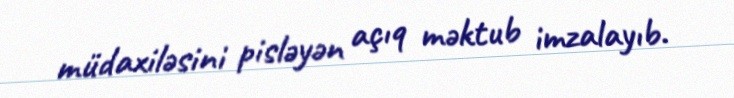
müdaxiləsini pisləyən açıq məktub imzalayıb.